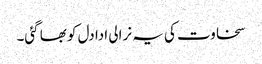
سخاوت کی یہ نرالی ادا دل کو بھا گئی۔